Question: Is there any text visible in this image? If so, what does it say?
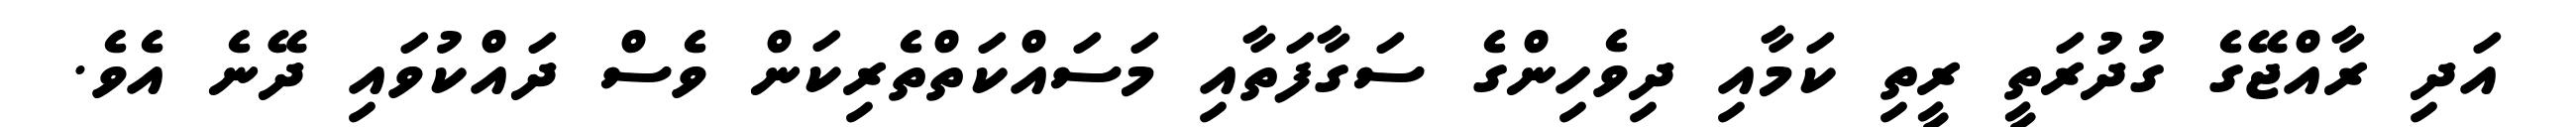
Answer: އަދި ރާއްޖޭގެ ގުދުރަތީ ރީތި ކަމާއި ދިވެހިންގެ ސަގާފަތާއި މަސައްކަތްތެރިކަން ވެސް ދައްކުވައި ދޭނެ އެވެ.